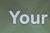
your